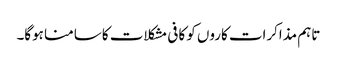
تاہم مذاکرات کاروں کو کافی مشکلات کا سامنا ہوگا۔